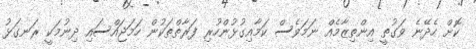
ކޮށް ހެދޭނެ ވަގުތީ އިންތިޒާމެއް ނަމަވެސް ކަމާއިގުޅުންހުރި ފަރާތްތަކުން ހަމަޖައްސައި ދިނުމަކީ ރަނގަޅު